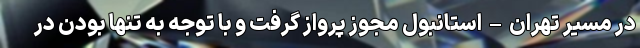
در مسیر تهران – استانبول مجوز پرواز گرفت و با توجه به تنها بودن در